Civil Veterinary Dept. Assam report 1927-50 - 1927-1950
Year: 1927
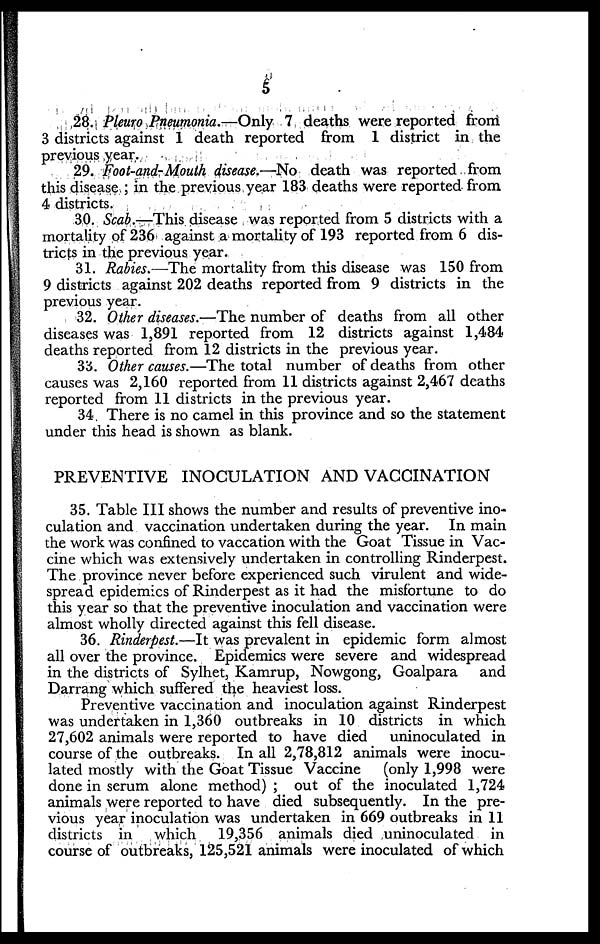
5
28. Pleuro Pneumonia.—Only
7 deaths were reported from
3 districts against 1 death reported from 1 district in the
previous year.
29. Foot-and-Mouth disease.—No death was reported from
this disease ; in the previous year 183 deaths were reported from
4 districts.
30. Scab.—This disease was reported from 5 districts with a
mortality of 236 against a mortality of 193 reported from 6 dis-
tricts in the previous year.
31. Rabies.—The mortality from this disease was 150 from
9 districts against 202 deaths reported from 9 districts in the
previous year.
32. Other diseases.—The number of deaths from all other
diseases was 1,891 reported from 12 districts against 1,484
deaths reported from 12 districts in the previous year.
33. Other causes.—The total number of deaths from other
causes was 2,160 reported from 11 districts against 2,467 deaths
reported from 11 districts in the previous year.
34 There is no camel in this province and so the statement
under this head is shown as blank.
PREVENTIVE INOCULATION AND VACCINATION
35. Table III shows the number and results of preventive ino-
culation and vaccination undertaken during the year. In main
the work was confined to vaccation with the Goat Tissue in Vac-
cine which was extensively undertaken in controlling Rinderpest.
The province never before experienced such virulent and wide-
spread epidemics of Rinderpest as it had the misfortune to do
this year so that the preventive inoculation and vaccination were
almost wholly directed against this fell disease.
36. Rinderpest.—It was prevalent in epidemic form almost
all over the province. Epidemics were severe and widespread
in the districts of Sylhet, Kamrup, Nowgong, Goalpara
and
Darrang which suffered the heaviest loss.
Preventive vaccination and inoculation against Rinderpest
was undertaken in 1,360 outbreaks in 10 districts in which
27,602 animals were reported to have died
uninoculated in
course of the outbreaks. In all 2,78,812 animals were inocu-
lated mostly with the Goat Tissue Vaccine
(only 1,998 were
done in serum alone method) ; out of the inoculated 1,724
animals were reported to have died subsequently. In the pre-
vious year inoculation was undertaken in 669 outbreaks in 11
districts in
which
19,356 animals died uninoculated in
course of outbreaks, 125,521 animals were inoculated of which